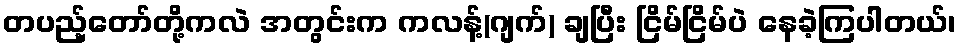
တပည့်တော်တို့ကလဲ အတွင်းက ကလန့်(ဂျက်) ချပြီး ငြိမ်ငြိမ်ပဲ နေခဲ့ကြပါတယ်၊